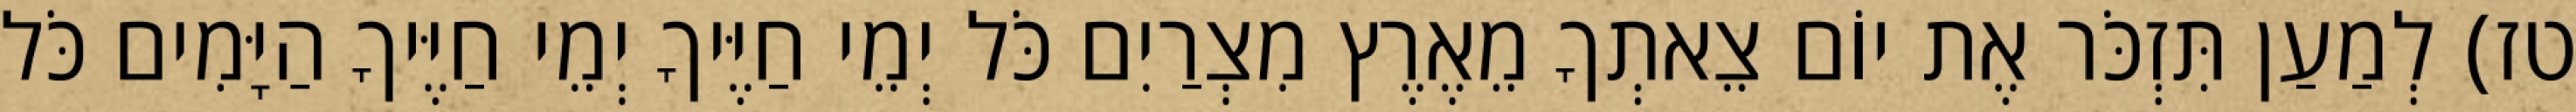
טז) לְמַעַן תִּזְכֹּר אֶת יוֹם צֵאתְךָ מֵאֶרֶץ מִצְרַיִם כֹּל יְמֵי חַיֶּיךָ יְמֵי חַיֶּיךָ הַיָּמִים כֹּל